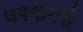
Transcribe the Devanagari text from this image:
उपनामसे